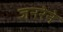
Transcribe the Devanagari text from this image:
जनरेने